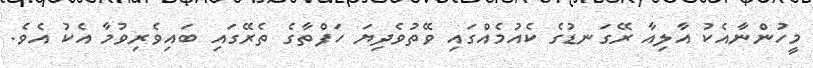
މީހުންނާއެކު އާލިއާ ރޭގަނޑުގެ ކެއުމެއްގައި ވޭތުވެދިޔަ ހަފްތާގެ ތެރޭގައި ބައިވެރިވުމާ އެކު އެވެ.